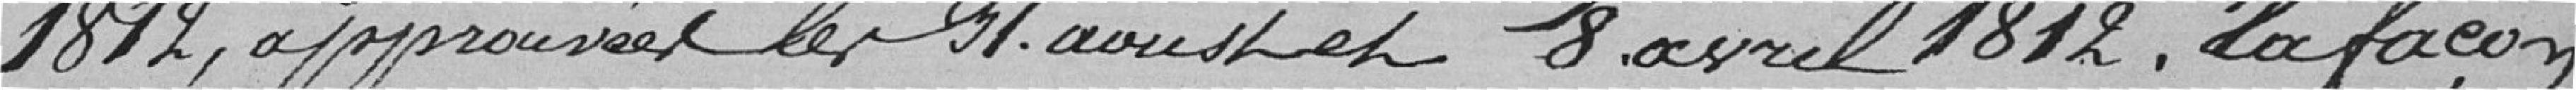
1812 approuvée les 31 août 1811 et 8 avril 1812, la façon